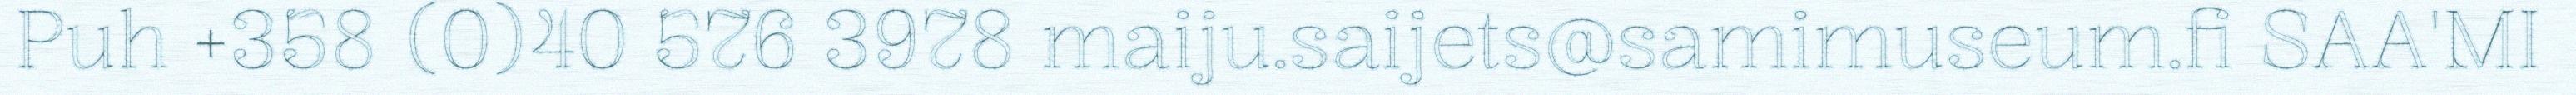
Puh +358 (0)40 576 3978 maiju.saijets@samimuseum.fi SAA'MI